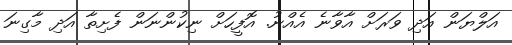
އަލްޔަން އަދި ވަރަށް އާވާނެ އެއްނު. އޮފީހަށް ނިކުންނަން ފެށިތާ އަދި މާގިނަ